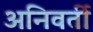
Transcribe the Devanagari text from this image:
अनिवर्ती